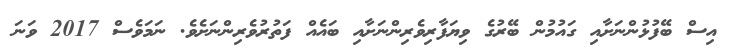
އިސް ބޭފުޅުންނަށާއި ގައުމުން ބޭރުގެ ވިޔަފާރިވެރިންނަށާއި ބައެއް ފަތުރުވެރިންނަށެވެ. ނަމަވެސް 2017 ވަނަ